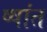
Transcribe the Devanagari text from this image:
ष्षांत